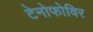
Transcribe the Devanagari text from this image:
टेनोफोविर